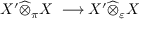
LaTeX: X ^ { \prime } { \widehat { \otimes } } _ { \pi } X \ \longrightarrow X ^ { \prime } { \widehat { \otimes } } _ { \varepsilon } X